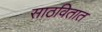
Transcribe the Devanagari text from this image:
साठवितात